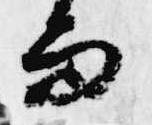
而